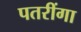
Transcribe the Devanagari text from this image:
पतरींगा